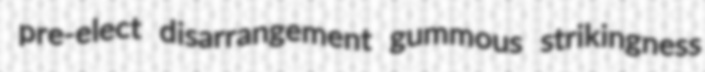
pre-elect disarrangement gummous strikingness